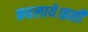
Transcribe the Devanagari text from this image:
कहलाये।इसी